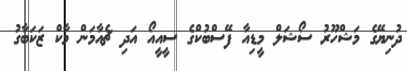
ދުނިޔޭގެ މަޝްހޫރު ސޯޝަލް މީޑިއާ ފޭސްބުކްގެ ސީއީއޯ އަދި ޗެއާމަން މާކް ޒަކަބާގު